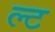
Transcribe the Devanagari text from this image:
ल्ट